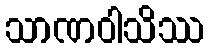
သာဏဝါသိဿ